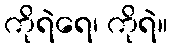
ကိုရဲရေ၊ ကိုရဲ။